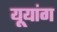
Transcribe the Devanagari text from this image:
यूयांग